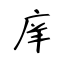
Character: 庠